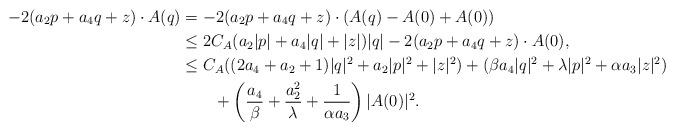
LaTeX: \begin{align*}-2 (a_2 p+a_4 q+z)\cdot A(q)&=-2(a_2 p+a_4 q+z)\cdot(A(q)-A(0)+A(0))\\&\leq 2C_A(a_2 |p|+a_4|q|+|z|)|q|-2(a_2 p+a_4 q+z)\cdot A(0),\\&\leq C_A((2a_4+a_2+1)|q|^2+a_2|p|^2+|z|^2)+(\beta a_4 |q|^2+\lambda |p|^2+\alpha a_3 |z|^2)\\&\qquad+\left(\frac{a_4}{\beta}+\frac{a_2^2}{\lambda}+\frac{1}{\alpha a_3}\right)|A(0)|^2.\end{align*}